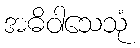
အဓိဝါသေသုံ